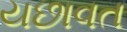
યછાવત